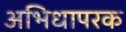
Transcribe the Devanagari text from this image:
अभिधापरक